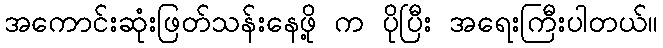
အကောင်းဆုံးဖြတ်သန်းနေဖို့ က ပိုပြီး အရေးကြီးပါတယ်။